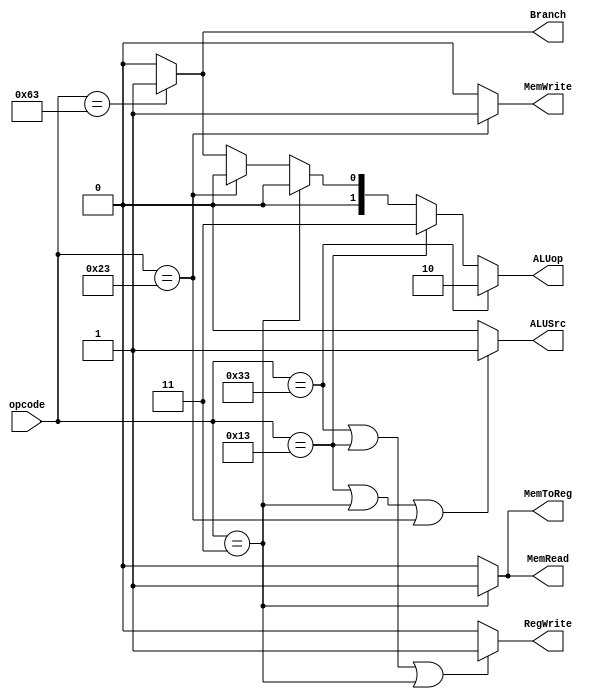
// Mdulo del control
module CONTROL(
    input [6:0] opcode, // Cdigo de operacin de la instruccin
    output RegWrite, // Seal para escribir en el banco de registros
    output ALUSrc, // Seal para seleccionar el segundo operando de la ALU
    output MemWrite, // Seal para escribir en la memoria de datos
    output MemRead, // Seal para leer de la memoria de datos
    output Branch, // Seal para realizar un salto condicional
    output MemToReg, // Seal para seleccionar el dato que se escribe en el registro destino
    output [1:0] ALUop
    );

    // 7'b0110011: -> Tipo R
    // 7'b0010011: -> Tipo I sin loads
    // 7'b0000011: -> Tipo I loads
    // 7'b0100011: -> Tipo S
    // 7'b1100011: -> Tipo B

    // Decodificador de 7 bits para identificar el tipo de instruccin
// Asignaciones para determinar los valores de las seales de salida
assign RegWrite = 
    (opcode == 7'b0110011 || opcode == 7'b0010011 || opcode == 7'b0000011) ? 1'b1 :
    1'b0; // Default

assign ALUSrc = 
    (opcode == 7'b0010011 || opcode == 7'b0000011 || opcode == 7'b0100011) ? 1'b1 :
    1'b0; // Default

assign MemWrite = 
    (opcode == 7'b0100011) ? 1'b1 :
    1'b0; // Default

assign MemRead = 
    (opcode == 7'b0000011) ? 1'b1 :
    1'b0; // Default

assign Branch = 
    (opcode == 7'b1100011) ? 1'b1 :
    1'b0; // Default

assign MemToReg = 
    (opcode == 7'b0000011) ? 1'b1 :
    1'b0; // Default

assign ALUop = 
    (opcode == 7'b0110011) ? 2'b10 :
    (opcode == 7'b0010011) ? 2'b11 :
    (opcode == 7'b0000011) ? 2'b00 :
    (opcode == 7'b0100011) ? 2'b00 :
    (opcode == 7'b1100011) ? 2'b01 :
    2'b00; // Default


endmodule